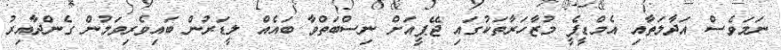
ނަމަވެސް އަދާލަތާއި އެމްޑީޕީެ މުޒާހަރާތަކުގައި ޖޭޕީއަށް ނިސްބަތްވާ ބައެއް ލީޑަރުން ބައިވެރިވަމުން ގެންދާއިރު